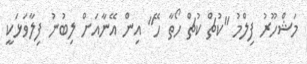
މަޝްހޫރު ފިލްމު "ކުޗް ކުޗް ހޯތާ ހޭ" އިން އޭނާއަށް ލިބުނު ފިލާވަޅަކީ